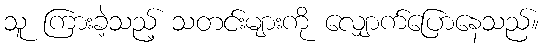
သူ ကြားခဲ့သည့် သတင်းများကို လျှောက်ပြောနေသည်။